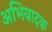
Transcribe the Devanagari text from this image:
अभिवादक